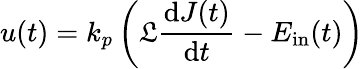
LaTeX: u(t)=k_{p}\left(\mathfrak{L}\frac{\mathrm{d}J(t)}{\mathrm{d}t}-E_{\mathrm{in}}(t)\right)